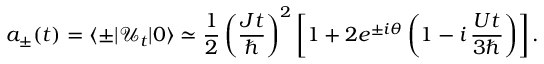
a _ { \pm } ( t ) = \langle \pm | { \mathcal { U } } _ { t } | 0 \rangle \simeq \frac { 1 } { 2 } \left( \frac { J t } { \hbar } \right) ^ { 2 } \left[ 1 + 2 e ^ { \pm i \theta } \left( 1 - i \, \frac { U t } { 3 \hbar } \right) \right] .